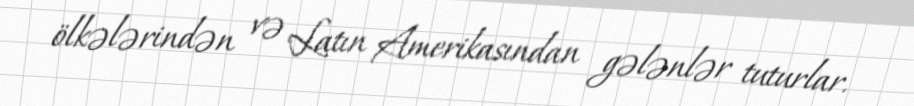
ölkələrindən və Latın Amerikasından gələnlər tuturlar.